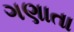
ગણાતા